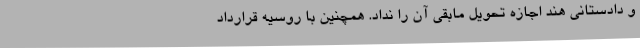
و دادستانی هند اجازه تحویل مابقی آن را نداد. همچنین با روسیه قرارداد